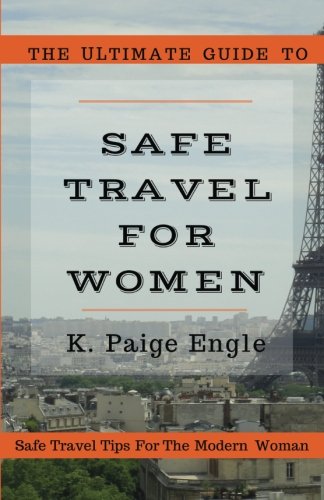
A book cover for The Ultimate Guide to Safe Travel for Women: Safe Travel Tips for the Modern Woman; K Paige Engle; Travel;